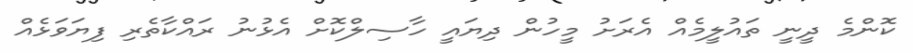
ކޮންމެ ދީނީ ތައުލީމެއް އެރަށު މީހުން ދިޔައީ ހާސިލްކޮށް އެޅުނު ރައްކާތެރި ފިޔަވަޅެއް